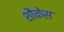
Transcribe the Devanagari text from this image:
शौकेस